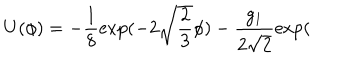
U ( \phi ) = - \frac { 1 } { 8 } \exp ( - 2 \sqrt { \frac 2 3 } \phi ) - \frac { g _ { 1 } } { 2 \sqrt { 2 } } \exp (